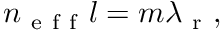
n _ { \mathrm { ~ e ~ f ~ f ~ } } l = m \lambda _ { \mathrm { ~ r ~ } } ,